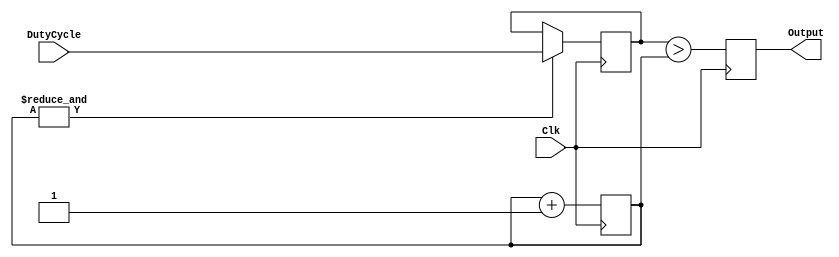
module PWM(
 input      Clk,
 input [7:0]DutyCycle,
 output     Output
);
//------------------------------------------------------------------------------

reg [7:0]D;
reg [7:0]Count = 0; // Initialisation for simulation only
//------------------------------------------------------------------------------

always @(posedge Clk) begin
 if(&Count) D <= DutyCycle;

 Output <= (D > Count);
 Count  <= Count + 1'b1;
end
//------------------------------------------------------------------------------

endmodule